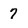
Character: 7